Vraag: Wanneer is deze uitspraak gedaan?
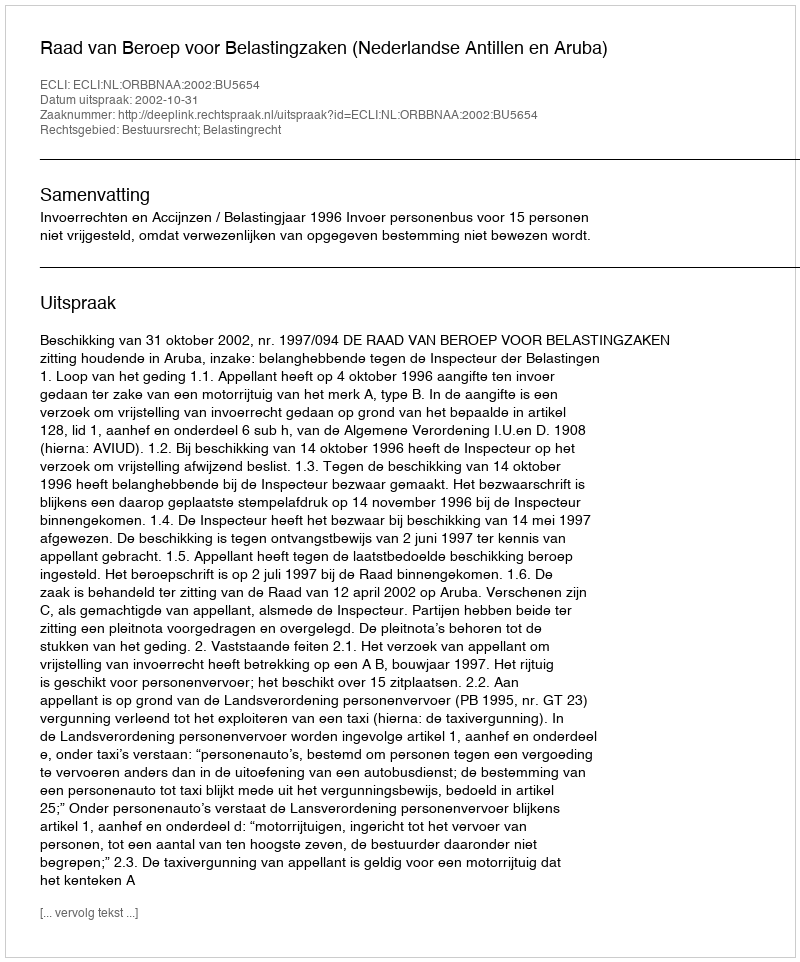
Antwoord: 2002-10-31